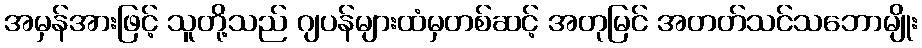
အမှန်အားဖြင့် သူတို့သည် ဂျပန်များထံမှတစ်ဆင့် အတုမြင် အတတ်သင်သဘောမျိုး